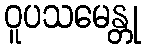
ဝူပသမေန္တု